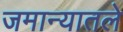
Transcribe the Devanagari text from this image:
जमान्यातले